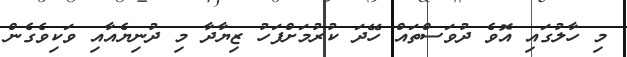
މި ހާލުގައި އޮވެ ދުވަސްތައް ހޭދަ ކުރުމަށްފަހު ޒިޔާދާ މި ދުނިޔެއާއި ވަކިވެގެން